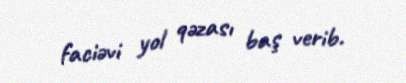
faciəvi yol qəzası baş verib.